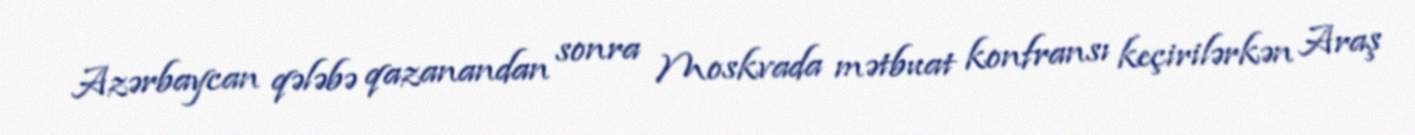
Azərbaycan qələbə qazanandan sonra Moskvada mətbuat konfransı keçirilərkən Araş